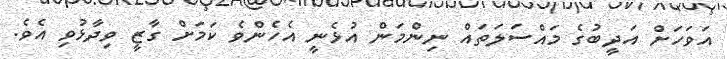
އަވަހަށް އަދީބުގެ މައްސަލަތައް ނިންމަން އުޅެނީ އެހެންވެ ކަމަށް ގާޒީ ވިދާޅުވި އެވެ.